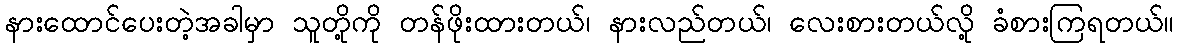
နားထောင်ပေးတဲ့အခါမှာ သူတို့ကို တန်ဖိုးထားတယ်၊ နားလည်တယ်၊ လေးစားတယ်လို့ ခံစားကြရတယ်။